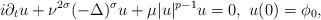
LaTeX: \begin{align*}i\partial_t u+\nu^{2\sigma}(-\Delta)^\sigma u+\mu|u|^{p-1}u=0,\ u(0)=\phi_0,\end{align*}